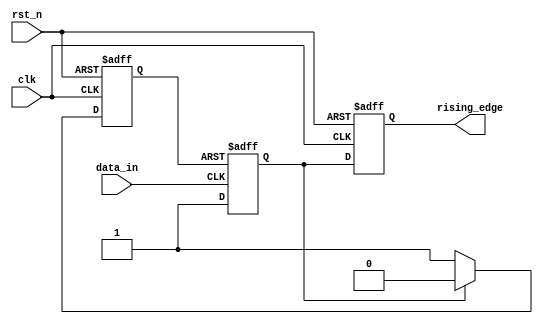
module posedge_detect_v2 (
    input clk,
    input data_in,
    input rst_n,
    output reg rising_edge
);

reg edge_rst_n;
reg edge_detect;

always@(posedge data_in or negedge edge_rst_n) begin
    if(!edge_rst_n) begin
        edge_detect <= 0;
    end
    else begin
        edge_detect <= 1;
    end
end

always @(posedge clk or negedge rst_n) begin
    if(!rst_n) begin
        edge_rst_n <= 0;
    end
    else begin
        if(edge_detect) begin
            edge_rst_n <= 0;
        end
        else begin
            edge_rst_n <= 1;
        end
    end
end

always @(posedge clk or negedge rst_n) begin
    if(!rst_n) begin
        rising_edge <= 0;
    end
    else begin
        rising_edge <= edge_detect;
    end
end

endmodule